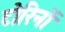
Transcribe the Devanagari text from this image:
टोरिनों